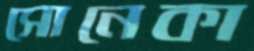
সোনেকা